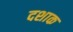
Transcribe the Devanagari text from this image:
दशाक